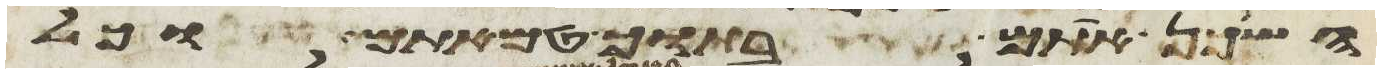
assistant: השכן אתם בתוך טמאתם וכל